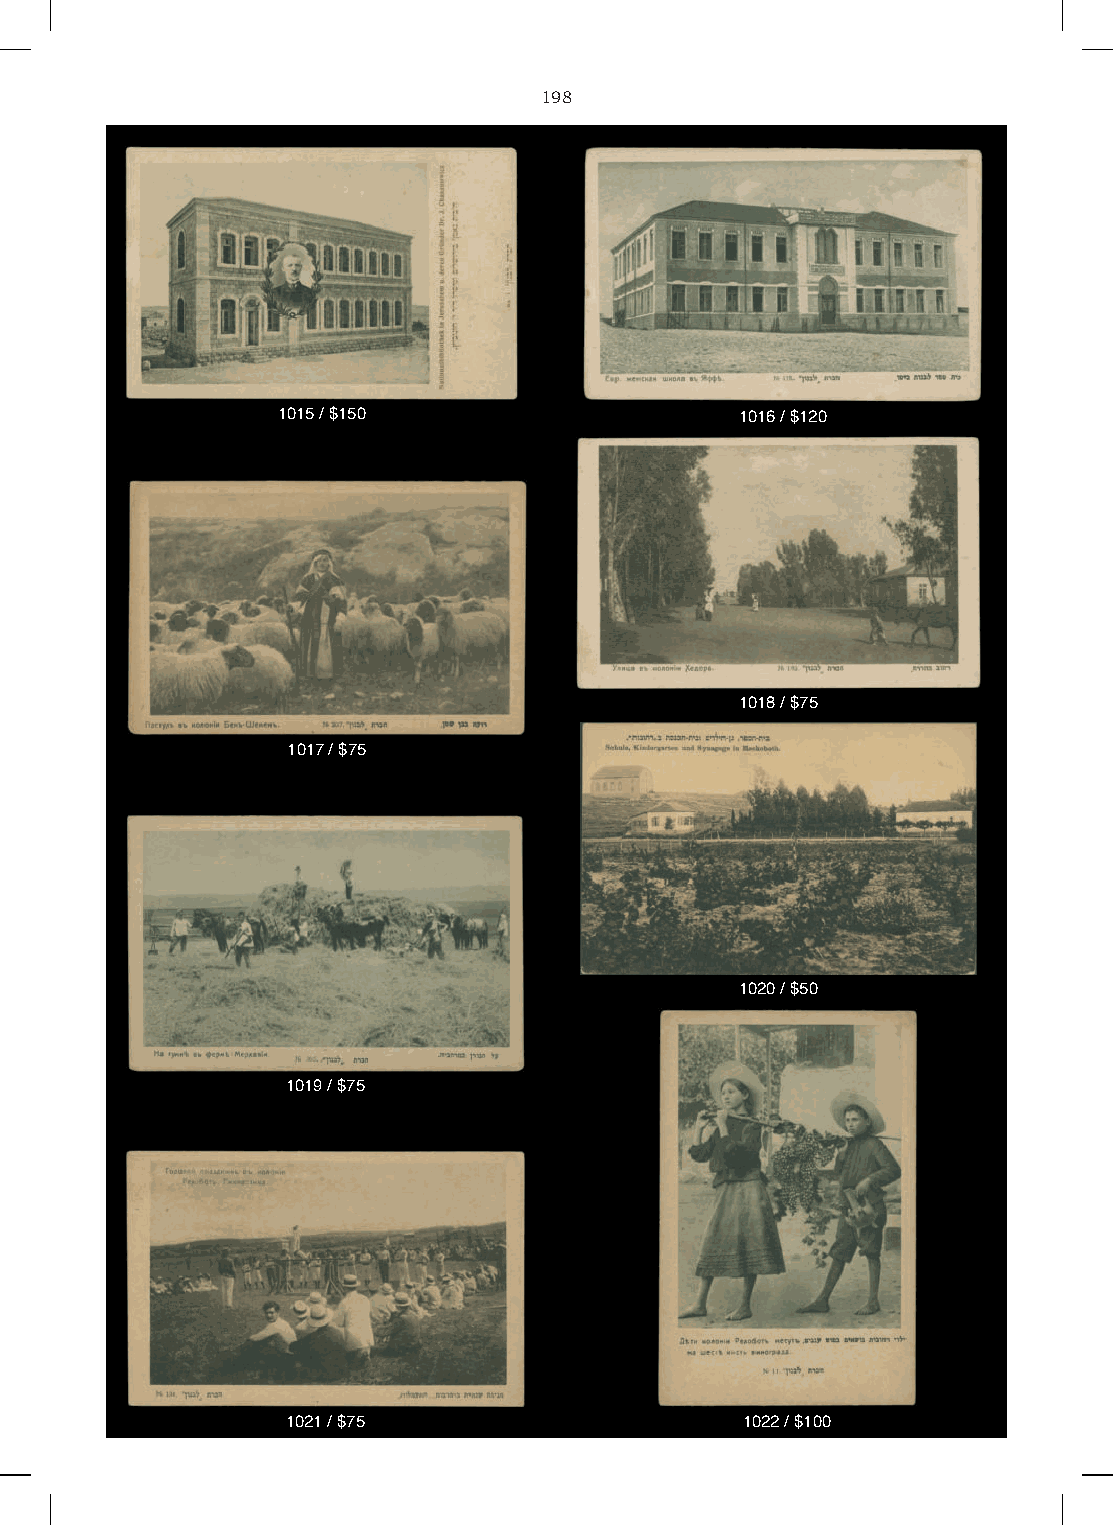
198
 1015 / $150                    1016 / $120
 1018 / $75
 1017 / $75
 1020 / $50
 1019 / $75
 1021 / $75                    1022 / $100